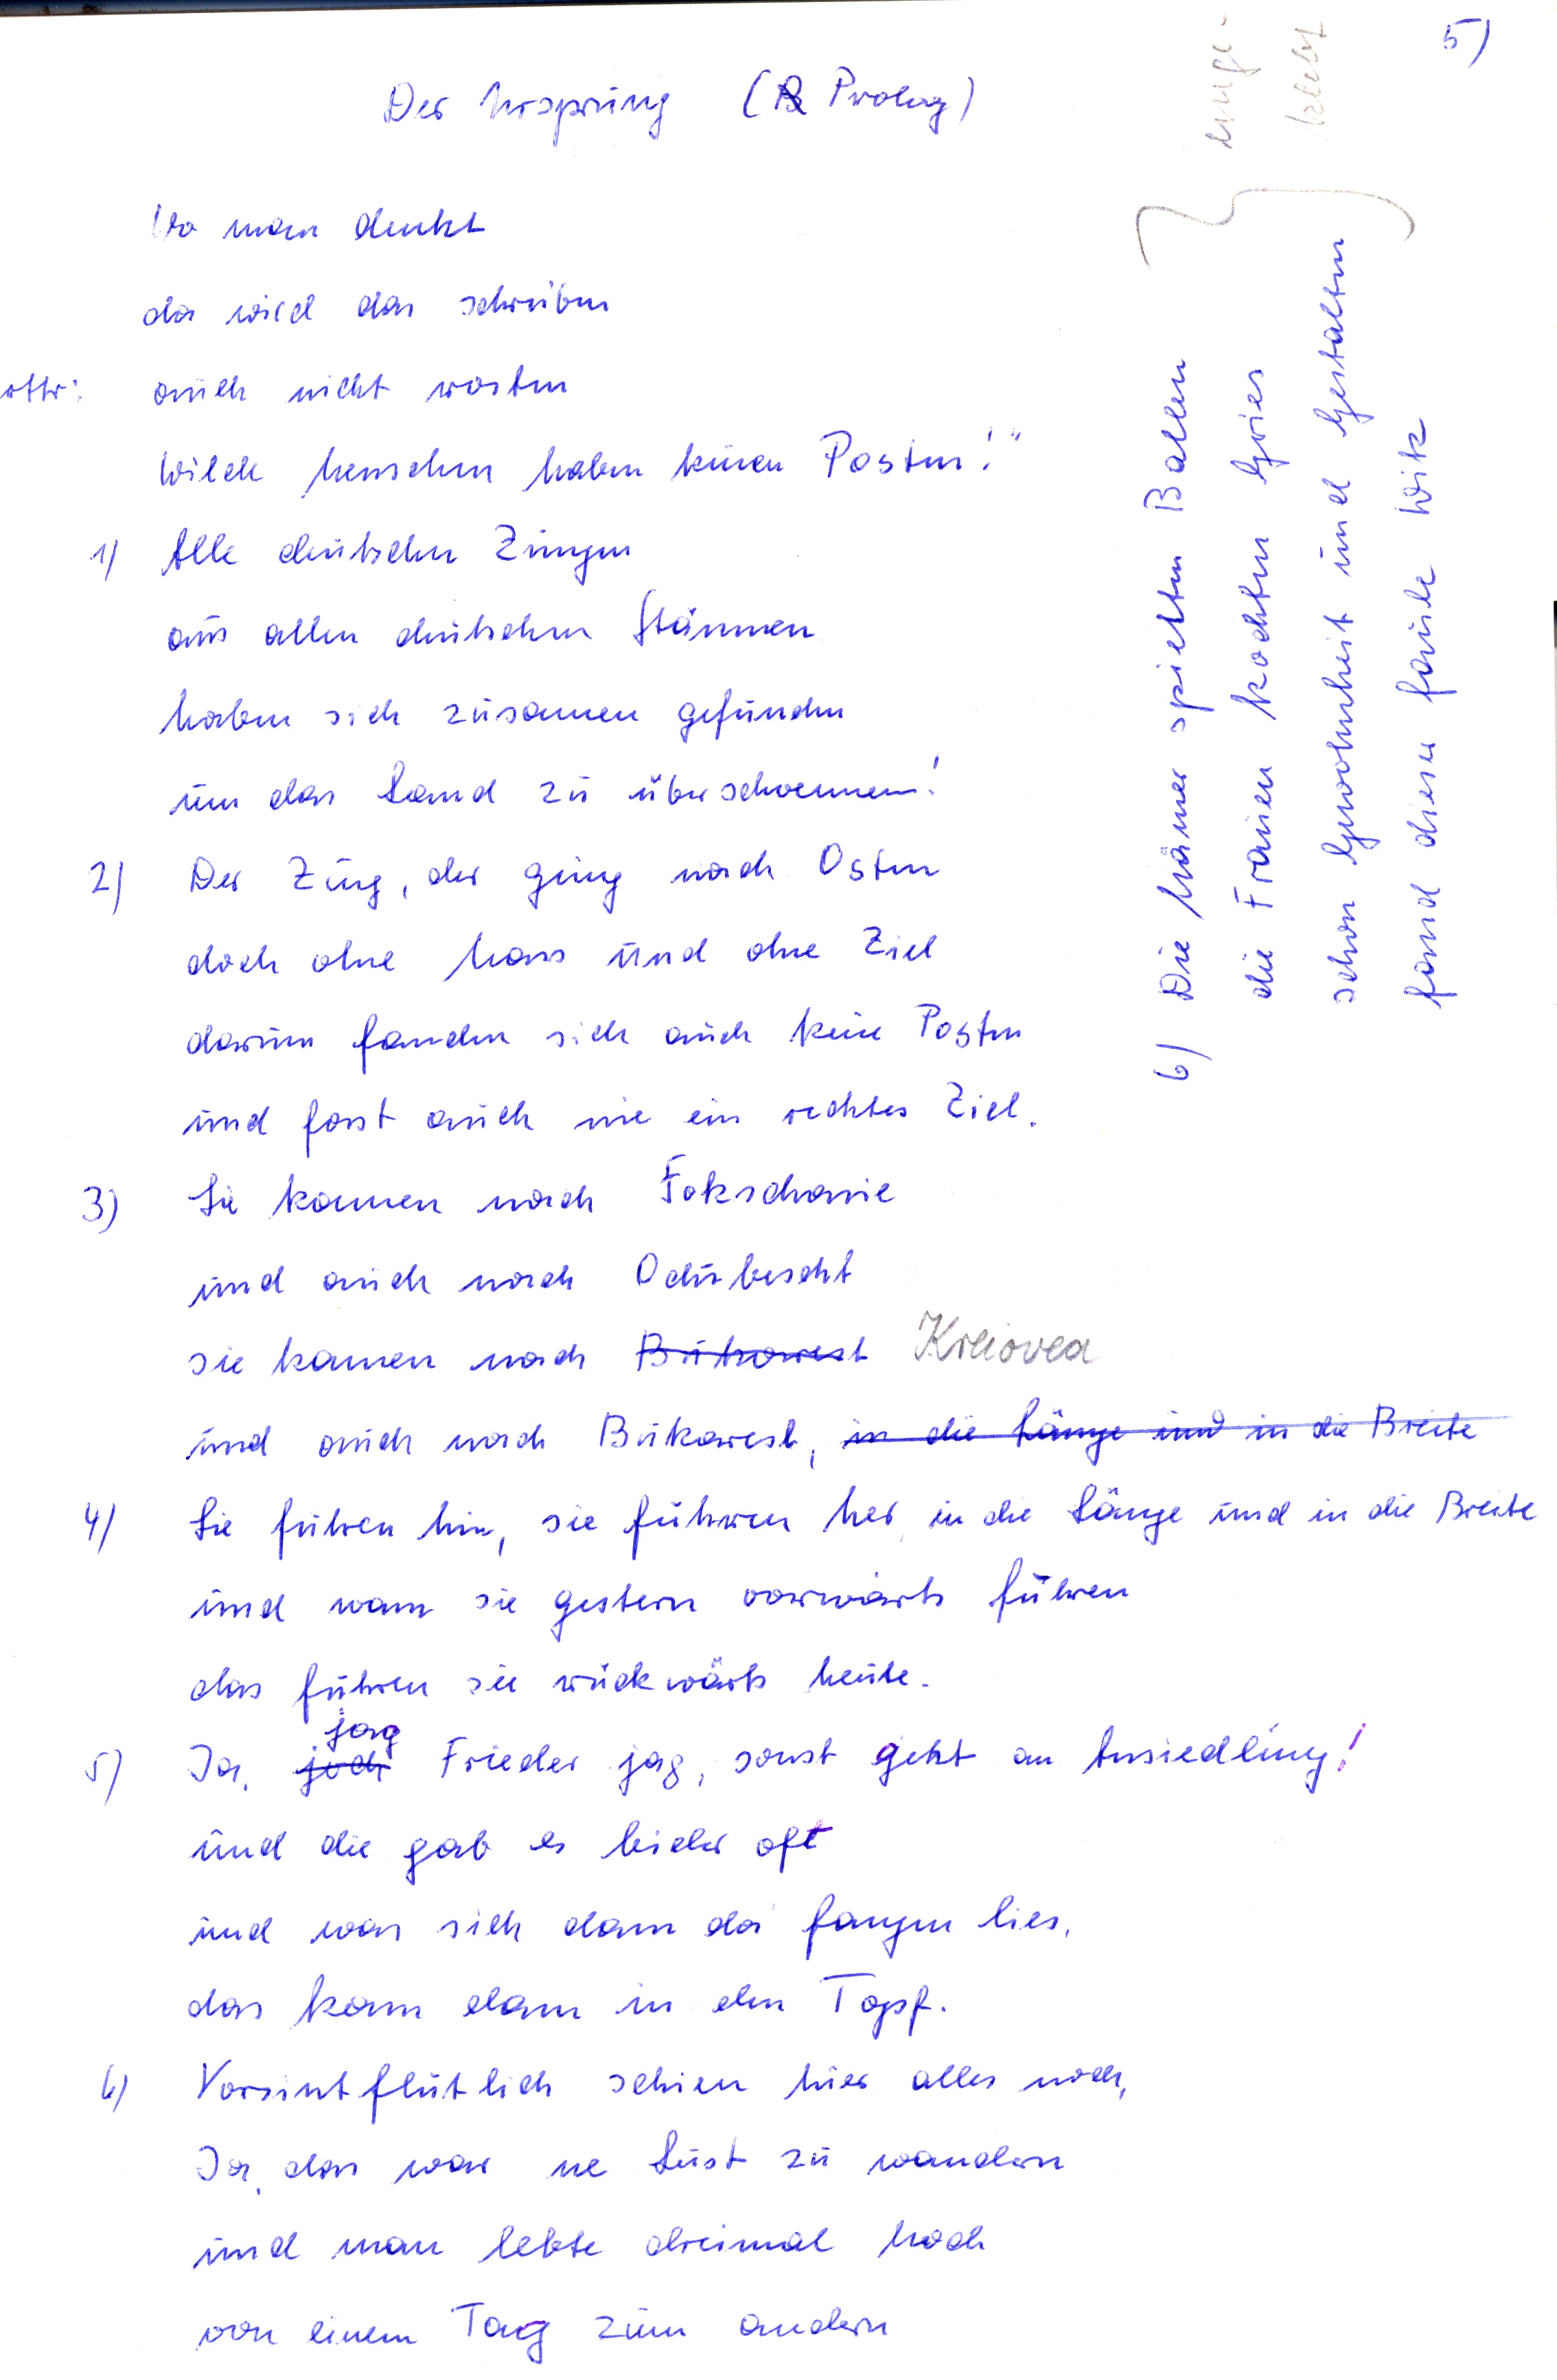
Der Ursprung ( B Prolog )
Wo man denkt
da wird das schreiben
ottr: auch nicht warten
wilde Menschen haben keinen Posten!
1) Alle deutschen Zungen
aus allen deutschen Stämmen
haben sich zusammen gefunden
um das Land zu überschwemmen!
2) Der Zug, der ging nach Osten
doch ohne Hass und ohne Ziel
darum fanden sich auch keine Posten
und forst auch nie ein rechtes Ziel.
3) Sie kamen nach Foksdenie
und auch nach Odubescht
sie kamen nach Bikorest Kreiovea
und auch nach Bikarest, in die Länge und in die Breite
4) Sie fuhren hin, sie fuhren her, in die Länge und in die Breite
und wann sie gestern vorwärts fuhren
das fuhren sie rückwärts heute
jag
J5) a, joch Frieder jag, sonst geht an Ansiedlung!
und die gab es leider oft
und was sich dann da fangen lies
das kam dann in den Topf.
6) Vorsintflutlich schien hier alles noch,
Ja das war ne Lust zu wandern
und man lebte dreimal hoch
von einem Tag zum andern